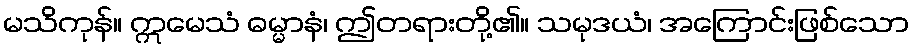
မသိကုန်။ ဣမေသံ ဓမ္မာနံ၊ ဤတရားတို့၏။ သမုဒယံ၊ အကြောင်းဖြစ်သော